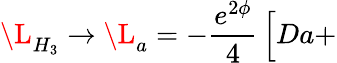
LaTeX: \L_{H_{3}}\to\L_{a}=-\frac{e^{2\phi}}{4}\, \Big[Da+